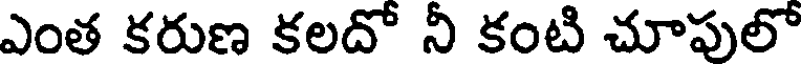
ఎంత కరుణ కలదో నీ కంటి చూపులో